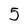
Character: 5